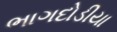
ભાગદોડીયા